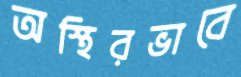
অস্থিরভাবে